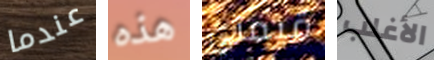
عندما هذه قيمتي الأغلب